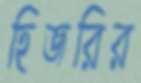
হিজরির